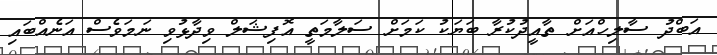
އަބްދު ސާލިހްއަށް ތާއީދުކުރާ ބަޔަކު ކަމަށް ސަލާމަތީ އޮފިޝަލް ވިދާޅުވި ނަމަވެސް އަނެއްބައި